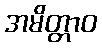
အမိတ္တာဝ